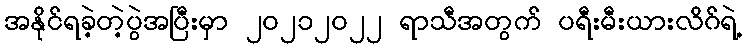
အနိုင်ရခဲ့တဲ့ပွဲအပြီးမှာ ၂၀၂၁၂၀၂၂ ရာသီအတွက် ပရီးမီးယားလိဂ်ရဲ့